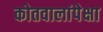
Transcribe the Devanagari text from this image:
कोतवालांपेक्षा